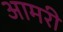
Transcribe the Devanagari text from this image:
आमरी